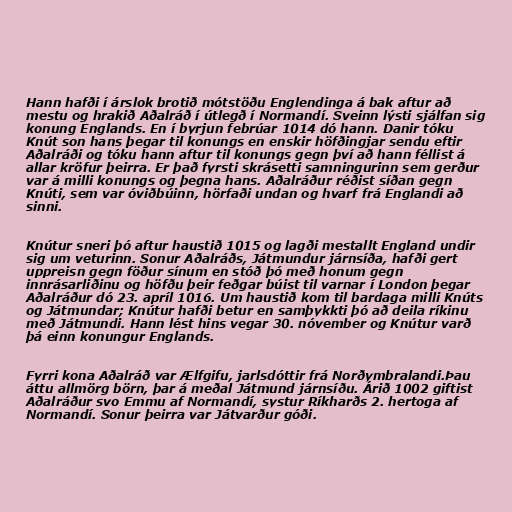
Hann hafði í árslok brotið mótstöðu Englendinga á bak aftur að
mestu og hrakið Aðalráð í útlegð í Normandí. Sveinn lýsti sjálfan sig
konung Englands. En í byrjun febrúar 1014 dó hann. Danir tóku
Knút son hans þegar til konungs en enskir höfðingjar sendu eftir
Aðalráði og tóku hann aftur til konungs gegn því að hann féllist á
allar kröfur þeirra. Er það fyrsti skrásetti samningurinn sem gerður
var á milli konungs og þegna hans. Aðalráður réðist síðan gegn
Knúti, sem var óviðbúinn, hörfaði undan og hvarf frá Englandi að
sinni.

Knútur sneri þó aftur haustið 1015 og lagði mestallt England undir
sig um veturinn. Sonur Aðalráðs, Játmundur járnsíða, hafði gert
uppreisn gegn föður sínum en stóð þó með honum gegn
innrásarliðinu og höfðu þeir feðgar búist til varnar í London þegar
Aðalráður dó 23. apríl 1016. Um haustið kom til bardaga milli Knúts
og Játmundar; Knútur hafði betur en samþykkti þó að deila ríkinu
með Játmundi. Hann lést hins vegar 30. nóvember og Knútur varð
þá einn konungur Englands.

Fyrri kona Aðalráð var Ælfgifu, jarlsdóttir frá Norðymbralandi.Þau
áttu allmörg börn, þar á meðal Játmund járnsíðu. Árið 1002 giftist
Aðalráður svo Emmu af Normandí, systur Ríkharðs 2. hertoga af
Normandí. Sonur þeirra var Játvarður góði.